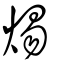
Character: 焬